Report of the Indian Hemp Drugs Commission, 1894-1895 - Volume V
Year: 1894
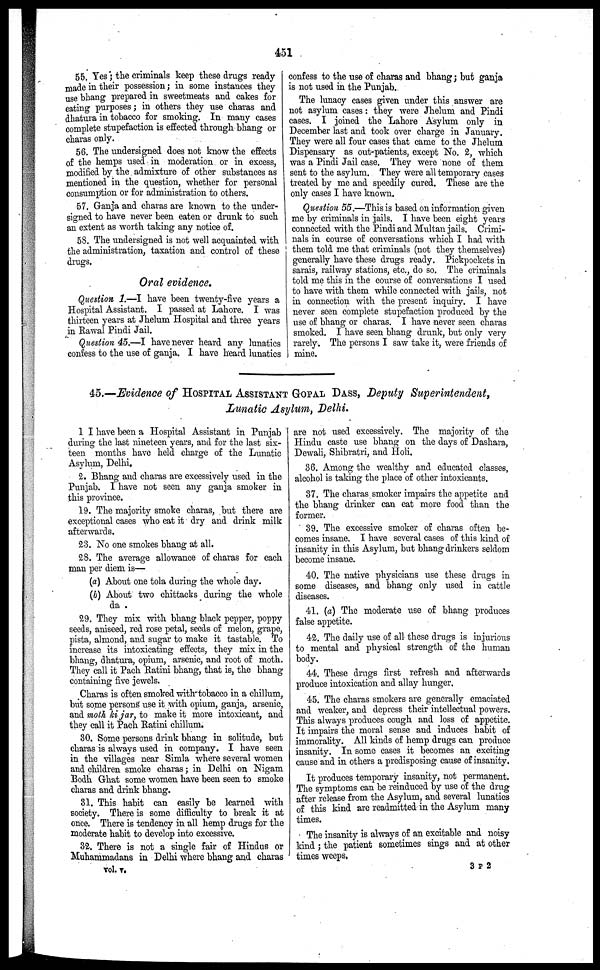
451
55. Yes ; the criminals keep these drugs ready
made in their possession; in some instances they
use bhang prepared in sweetmeats and cakes for
eating purposes; in others they use charas and
dhatura in tobacco for smoking. In many cases
complete stupefaction is effected through bhang or
charas only.
56. The undersigned does not know the effects
of the hemps used in moderation or in excess,
modified by the admixture of other substances as
mentioned in the question, whether for personal
consumption or for administration to others.
57. Ganja and charas are known to the under-
signed to have never been eaten or drunk to such
an extent as worth taking any notice of.
5S. The undersigned is not well acquainted with
the administration, taxation and control of these
drugs.
Oral evidence.
Question 1.—I have been twenty-five years a
Hospital Assistant. I passed at Lahore. I was
thirteen years at Jhelum Hospital and three years
in Rawal Pindi Jail.
Question 45.—I have never heard any lunatics
confess to the use of ganja. I have heard lunatics
confess to the use of charas and bhang; but ganja
is not used in the Punjab.
The lunacy cases given under this answer are
not asylum cases: they were Jhelum and Pindi
cases. I joined the Lahore Asylum only in
December last and took over charge in January.
They were all four eases that came to the Jhelum
Dispensary as out-patients, except No. 2, which
was a Pindi Jail ease. They were none of them
sent to the asylum. They were all temporary cases
treated by me and speedily cured. These are the
only cases I have known.
Question 55.—This is based on information given
me by criminals in jails. I have been eight years
connected with the Pindi and Multan jails. Crimi-
nals in course of conversations which I had with
them told me that criminals (not they themselves)
generally have these drugs ready. Pickpockets in
sarais, railway stations, etc., do so. The criminals
told me this in the course of conversations I used
to have with them while connected with jails, not
in connection with the present inquiry. I have
never seen complete stupefaction produced by the
use of bhang or charas. I have never seen charas
smoked. I have seen bhang drunk, but only very
rarely. The persons I saw take it, were friends of
mine.
45.—Evidence of HOSPITAL ASSISTANT GOPAL DASS, Deputy Superintendent,
Lunatic Asylum, Delhi.
1 I have been a Hospital Assistant in Punjab
during the last nineteen years, and for the last six-
teen months have held charge of the Lunatic
Asylum, Delhi.
2. Bhang and charas are excessively used in the
Punjab. I have not seen any ganja smoker in
this province.
19. The majority smoke charas, but there are
exceptional cases who eat it dry and drink milk
afterwards.
23. No one smokes bhang at all.
28. The average allowance of charas for each
man per diem is—
(a) About one tola during the whole day.
(b) About two chittacks during the whole
da .
29. They mix with bhang black pepper, poppy
seeds, aniseed, red rose petal, seeds of melon, grape,
pista, almond, and sugar to make it tastable. To
increase its intoxicating effects, they mix in the
bhang, dhatura, opium, arsenic, and root of moth.
They call it Pach Ratini bhang, that is, the bhang
containing five jewels.
Charas is often smoked with tobacco in a chillum,
but some persons use it with opium, ganja, arsenic,
and moth ki jar, to make it more intoxicant, and
they call it Pach Ratini chillum.
30. Some persons drink bhang in solitude, but
charas is always used in company. I have seen
in the villages near Simla where several women
and children smoke charas; in Delhi on Nigam
Bodh Ghat some women have been seen to smoke
charas and drink bhang.
31. This habit can easily be learned with
society. There is some difficulty to break it at
once. There is tendency in all hemp drugs for the
moderate habit to develop into excessive.
32. There is not a single fair of Hindus or
Muhammadans in Delhi where bhang and charas
vol. v.
are not used excessively. The majority of the
Hindu caste use bhang on the days of Dashara,
Dewali, Shibratri, and Holi.
36. Among the wealthy and educated classes,
alcohol is taking the place of other intoxicants.
37. The charas smoker impairs the appetite and
the bhang drinker can eat more food than the
former.
39. The excessive smoker of charas often be-
comes insane. I have several cases of this kind of
insanity in this Asylum, but bhang drinkers seldom
become insane.
40. The native physicians use these drugs in
some diseases, and bhang only used in cattle
diseases.
41. (a) The moderate use of bhang produces
false appetite.
42. The daily use of all these drugs is injurious
to mental and physical strength of the human
body.
44. These drugs first refresh and afterwards
produce intoxication and allay hunger.
45. The charas smokers are generally emaciated
and weaker, and depress their intellectual powers.
This always produces cough and loss of appetite.
It impairs the moral sense and induces habit of
immorality. All kinds of hemp drugs can produce
insanity. In some cases it becomes an exciting
cause and in others a predisposing cause of insanity.
It produces temporary insanity, not permanent.
The symptoms can be reinduced by use of the drug
after release from the Asylum, and several lunatics
of this kind are readmitted in the Asylum many
times.
The insanity is always of an excitable and noisy
kind; the patient sometimes sings and at other
times weeps.
3 P 2